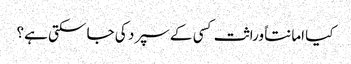
کیا امانتاً وراثت کسی کے سپرد کی جا سکتی ہے؟